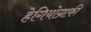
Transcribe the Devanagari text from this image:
हेगियोग्राफी